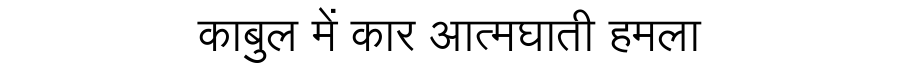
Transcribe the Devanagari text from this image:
काबुल में कार आत्मघाती हमला